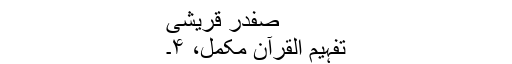
صفدر قریشی
تفہیم القرآن مکمل، ۴۔